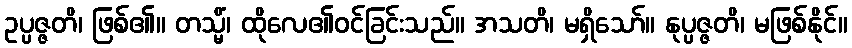
ဥပ္ပဇ္ဇတိ၊ ဖြစ်၏။ တသ္မိံ၊ ထိုလေ၏ဝင်ခြင်းသည်။ အသတိ၊ မရှိသော်။ နုပ္ပဇ္ဇတိ၊ မဖြစ်နိုင်။